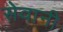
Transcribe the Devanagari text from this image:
सेवानी